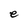
Character: e